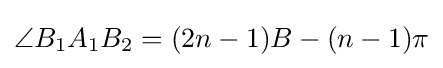
\angle B_{1}A_{1}B_{2}=(2n-1)B-(n-1)\pi